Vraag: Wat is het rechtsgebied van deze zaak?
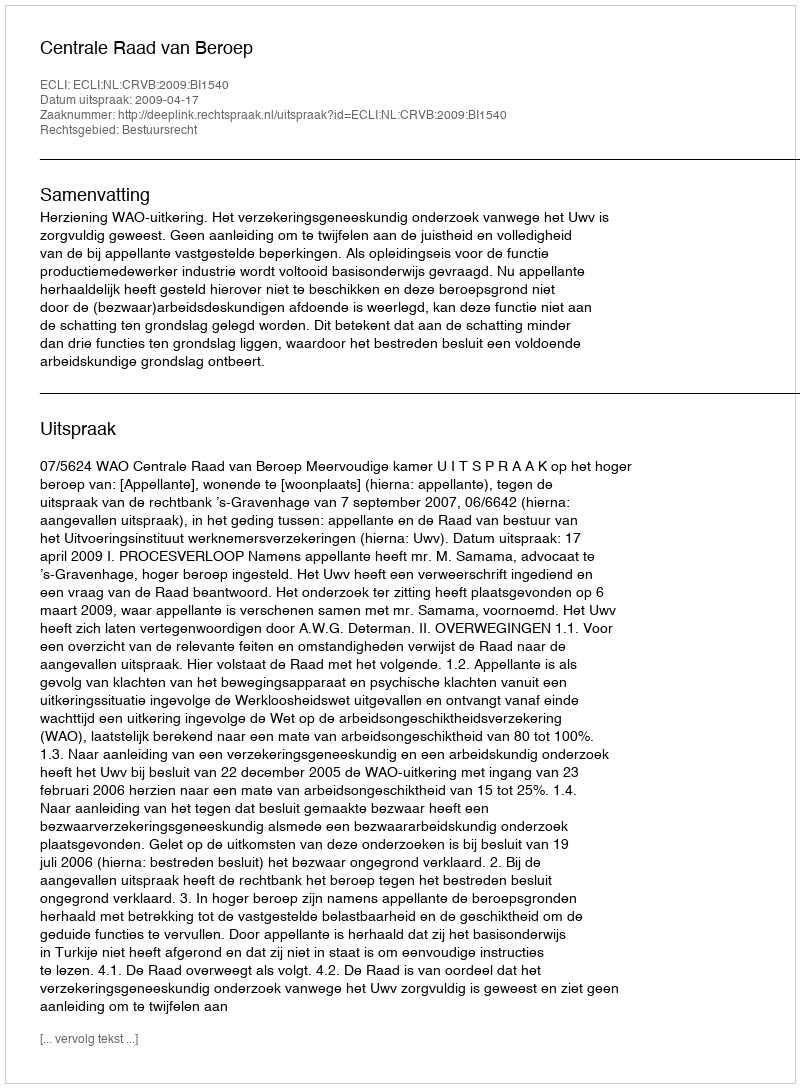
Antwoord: Bestuursrecht